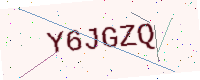
Text: Y6JGZQ